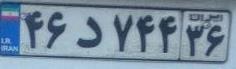
۴۶د۷۴۴۳۶